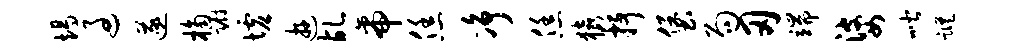
竭过遂桷蹰墟游乩帝恁净恁猿抒堡局刃端婆喈踪